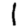
Digit: 1